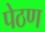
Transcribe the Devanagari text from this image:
पेठण